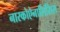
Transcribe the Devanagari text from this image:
नारकोऐनालिसिस